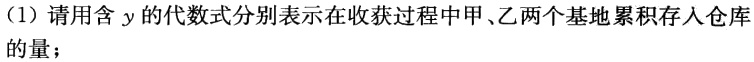
（1）请用含\(y\)的代数式分别表示在收获过程中甲、乙两个基地累积存入仓库的量；